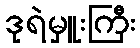
ဒုရဲမှူးကြီး